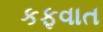
કફવાત